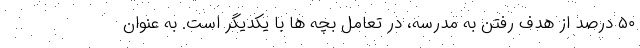
۵۰ درصد از هدف رفتن به مدرسه، در تعامل بچه ها با یکدیگر است. به عنوان